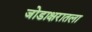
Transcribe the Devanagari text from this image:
जोडाक्षरातला